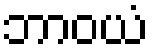
ဘာဝယံ